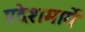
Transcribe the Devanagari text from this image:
प्रदेशमार्गे